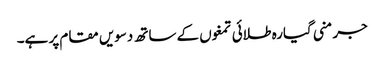
جرمنی گیارہ طلائی تمغوں کے ساتھ دسویں مقام پر ہے۔